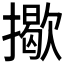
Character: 𢶆